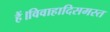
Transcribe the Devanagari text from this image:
हैं।विवाहादिसमस्त